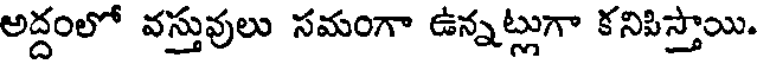
అద్దంలో వస్తువులు సమంగా ఉన్నట్లుగా కనిపిస్తాయి.